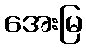
အေးမြ